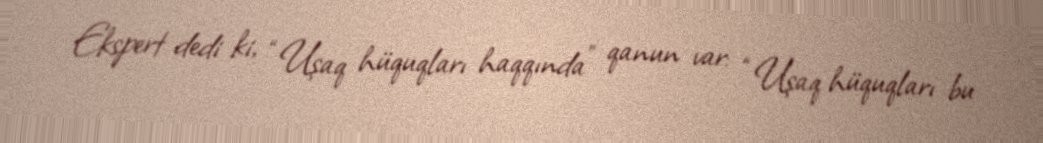
Ekspert dedi ki, “Uşaq hüquqları haqqında” qanun var: “Uşaq hüquqları bu